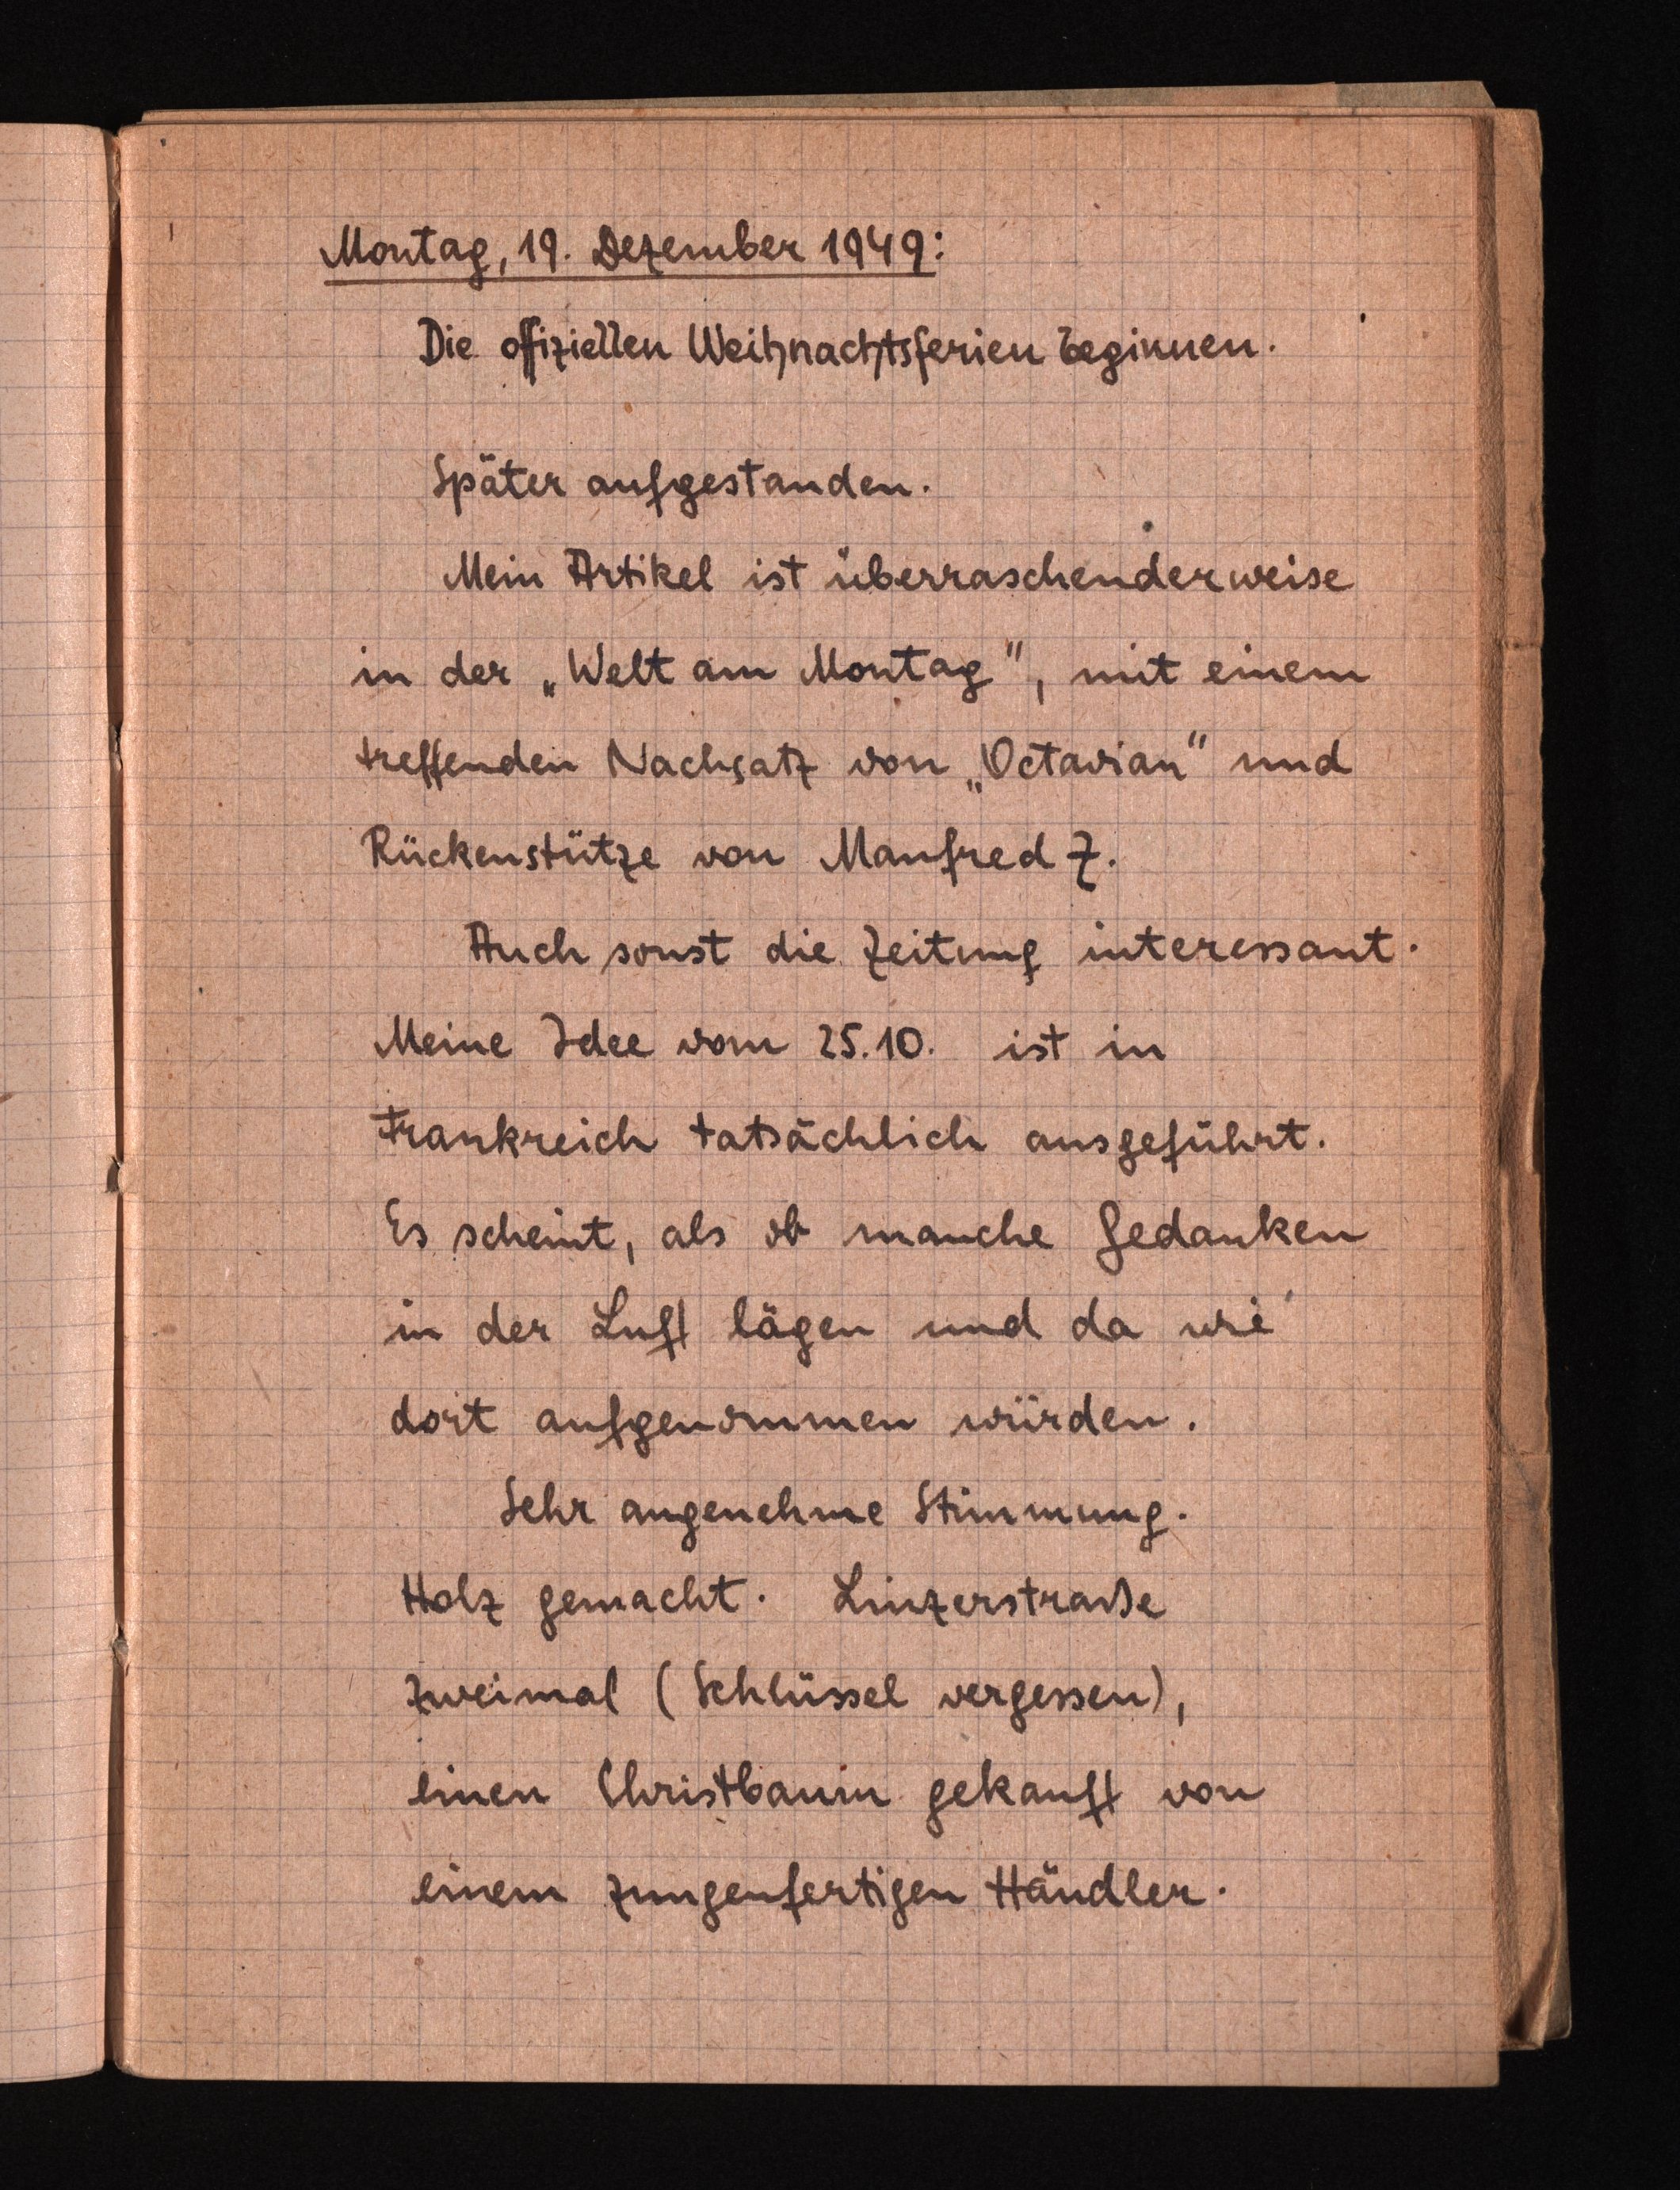
Montag, 19. Dezember 1949:
Die ofiziellen Weibnachtsfernen beginnen.
Später aufgestanden.
Mein Artikel ist überraschender weise
in der "Welt am Montag, mit einem
treffenden Nachsatz von "Oetarran und
Rückenstutze von Maufred Z.
Auch sonst die Zeitung interessant.
Meine Idee vom 25.10. ist in
Frankreich tatsächlich ausgeführt.
Es scheint, als ob manche Gedanken
in der Luft lägen und da wie
dort aufgenommen wurden.
Sehr angenehme Stimmung.
Holz gemacht. Linzerstraße
Zweimal (Schlüssel vergessen),
einen Christbaum gekauft von
einem zungenfertigen Händler.